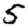
Digit: 5